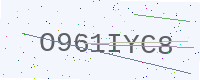
Text: O961IYC8